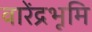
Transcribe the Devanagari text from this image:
वारेंद्रभूमि